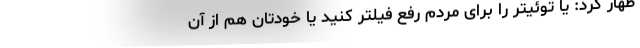
ظهار کرد: یا توئیتر را برای مردم رفع فیلتر کنید یا خودتان هم از آن